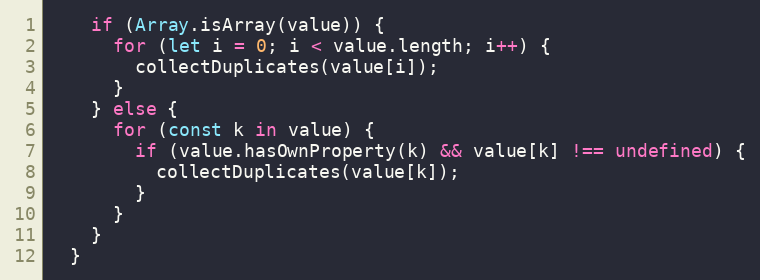
Language: JavaScript
    if (Array.isArray(value)) {
      for (let i = 0; i < value.length; i++) {
        collectDuplicates(value[i]);
      }
    } else {
      for (const k in value) {
        if (value.hasOwnProperty(k) && value[k] !== undefined) {
          collectDuplicates(value[k]);
        }
      }
    }
  }